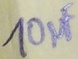
Text: 10µF